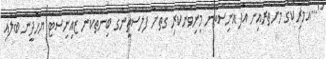
"...އެމެރިކާގެ މުށުތެރެއިން އަފްޣާނިސްތާން މިނިވަންކުރި ގޮތަށް ފަލަސްތީންގެ ބިންތަކުން ޒައިނިސްޓް ޔަހޫދީން ބާލައި